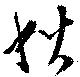
秋